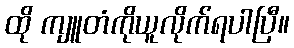
ထို ကျူတံကိုယူလိုက်ရပါပြီ။